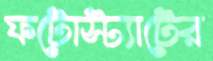
ফটোস্ট্যাটের